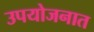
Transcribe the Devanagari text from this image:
उपयोजनात